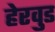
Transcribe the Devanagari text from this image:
हेरवुड